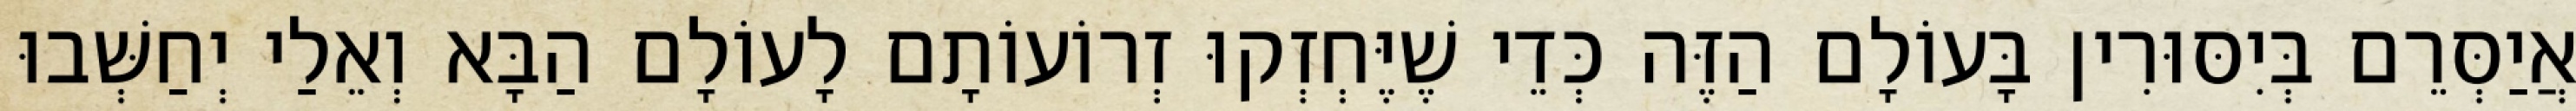
אֲיַסְּרֵם בְּיִסּוּרִין בָּעוֹלָם הַזֶּה כְּדֵי שֶׁיֶּחְזְקוּ זְרוֹעוֹתָם לָעוֹלָם הַבָּא וְאֵלַי יְחַשְּׁבוּ